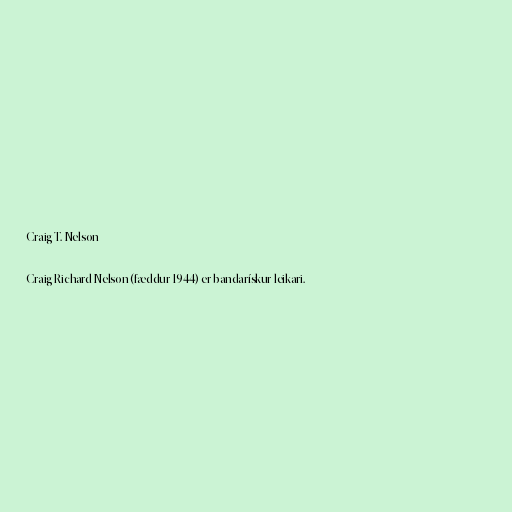
Craig T. Nelson

Craig Richard Nelson (fæddur 1944) er bandarískur leikari.